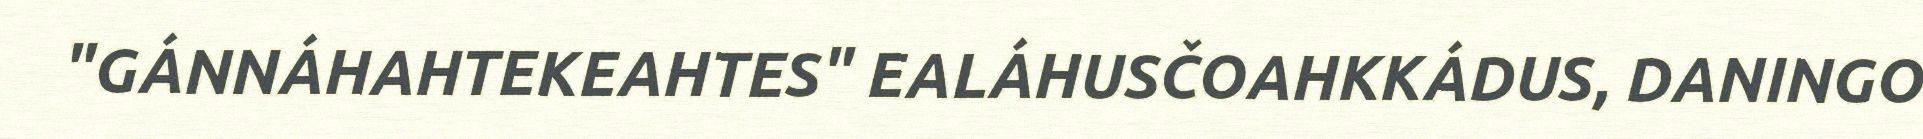
"GÁNNÁHAHTEKEAHTES" EALÁHUSČOAHKKÁDUS, DANINGO